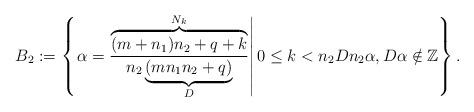
LaTeX: \begin{align*} B_2:=\left\{\left.\alpha=\frac{\overbrace{(m+n_1)n_2+q+k}^{N_k}}{n_2\underbrace{(mn_1n_2+q)}_{D}}\right\vert0\leq k<n_2Dn_2\alpha,D\alpha\notin\mathbb{Z}\right\}.\end{align*}